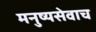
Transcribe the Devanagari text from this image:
मनुष्यसेवाच